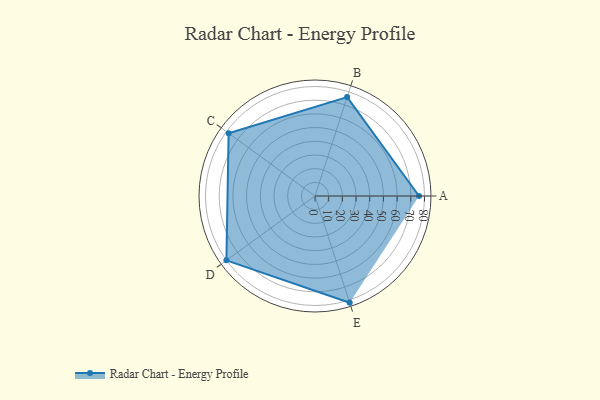
{"axis": {"x": "Skill", "y": "Score"}, "legend": ["Profile"], "data": [{"x": "A", "y": 76.0, "type": "Profile"}, {"x": "B", "y": 76.0, "type": "Profile"}, {"x": "C", "y": 78.0, "type": "Profile"}, {"x": "D", "y": 80.0, "type": "Profile"}, {"x": "E", "y": 82.0, "type": "Profile"}]}